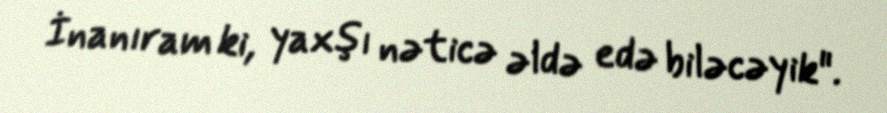
İnanıram ki, yaxşı nəticə əldə edə biləcəyik".